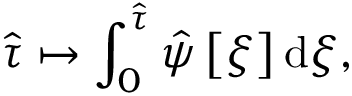
\hat { \tau } \mapsto \int _ { 0 } ^ { \hat { \tau } } \hat { \psi } \left[ \xi \right] \mathrm { d } \xi ,